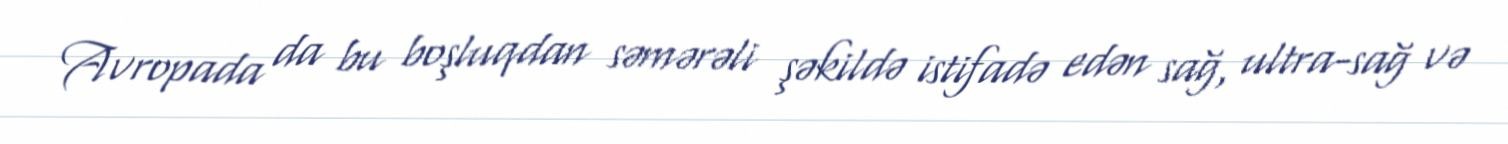
Avropada da bu boşluqdan səmərəli şəkildə istifadə edən sağ, ultra-sağ və